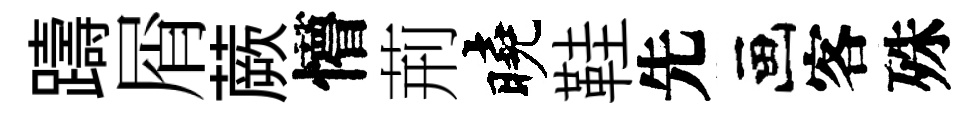
躊屑蕨懵荊曉鞋先画客殊